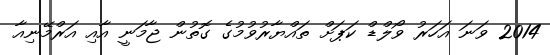
2014 ވަނަ އަހަރު ވޯލްޑް ކަޕަށް ތައްޔާރުވުމުގެ ގޮތުން ޖާމަނީ އާއި އަރްމޭނިއާ